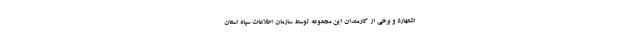
اشتهارد و برخی از کارمندان این مجموعه توسط سازمان اطلاعات سپاه استان